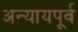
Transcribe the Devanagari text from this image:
अन्यायपूर्व